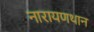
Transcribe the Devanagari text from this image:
नारायणथान